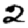
Digit: 2